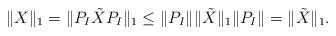
LaTeX: \begin{align*}\|X\|_1=\|P_I\tilde{X}P_I\|_1 \le \|P_I \|\|\tilde{X}\|_1 \|P_I\| = \|\tilde{X}\|_1.\end{align*}